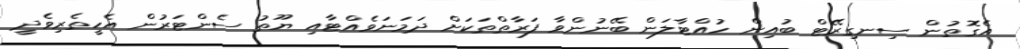
އެގޮތުން ސިނގިރޭޓް ބުއިން ހުއްޓާލަން ބޭނުންވާ ފަރާތްތަކަށް ދަމަނަވެއްޓާއި ޔޫތު ސެންޓަރުން އެހީތެރިވެދީ